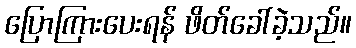
ပြောကြားပေးရန် ဖိတ်ခေါ်ခဲ့သည်။